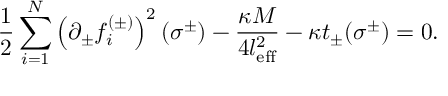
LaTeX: \frac 1 2 \sum _ { i = 1 } ^ { N } \left( \partial _ { \pm } f _ { i } ^ { ( \pm ) } \right) ^ { 2 } ( \sigma ^ { \pm } ) - \frac { \kappa M } { 4 l _ { \mathrm { e f f } } ^ { 2 } } - \kappa t _ { \pm } ( \sigma ^ { \pm } ) = 0 .